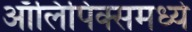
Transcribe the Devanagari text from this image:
ऑलिंपिक्समध्ये